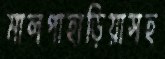
মালপাহাড়িয়াসহ